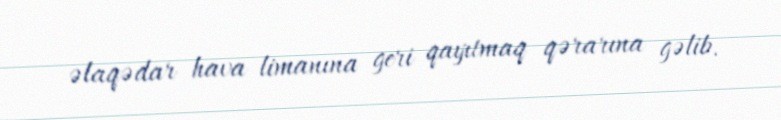
əlaqədar hava limanına geri qayıtmaq qərarına gəlib.